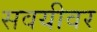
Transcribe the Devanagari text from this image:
सवयीवर